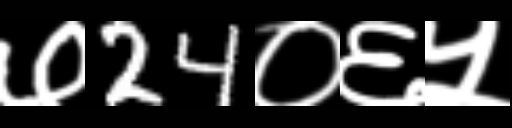
Text: ७24०६५